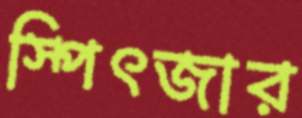
স্পিৎজার